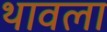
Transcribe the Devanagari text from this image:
थावला